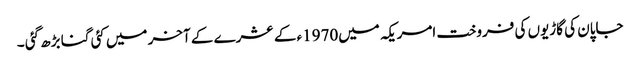
جاپان کی گاڑیوں کی فروخت امریکہ میں1970ء کے عشرے کے آخر میں کئی گنا بڑھ گئی ۔